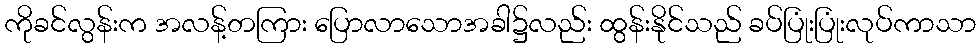
ကိုခင်လွန်းက အလန့်တကြား ပြောလာသောအခါ၌လည်း ထွန်းနိုင်သည် ခပ်ပြုံးပြုံးလုပ်ကာသာ